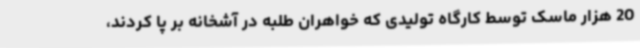
20 هزار ماسک توسط کارگاه تولیدی که خواهران طلبه در آشخانه بر پا کردند،